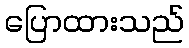
ပြောထားသည်